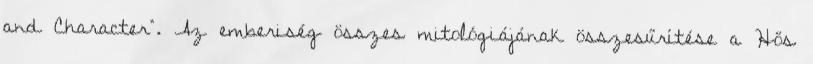
and Character“. Az emberiség összes mitológiájának összesűrítése a Hős